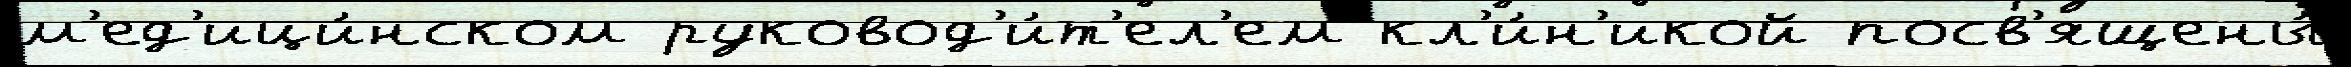
м'ед'ици́нском руковод'и́т'ел'ем кл'и́н'икой посв'ящены́